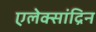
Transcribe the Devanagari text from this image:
एलेक्सांद्रिन